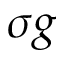
\sigma g